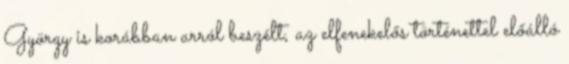
György is korábban arról beszélt, az elfenekelős történettel előálló